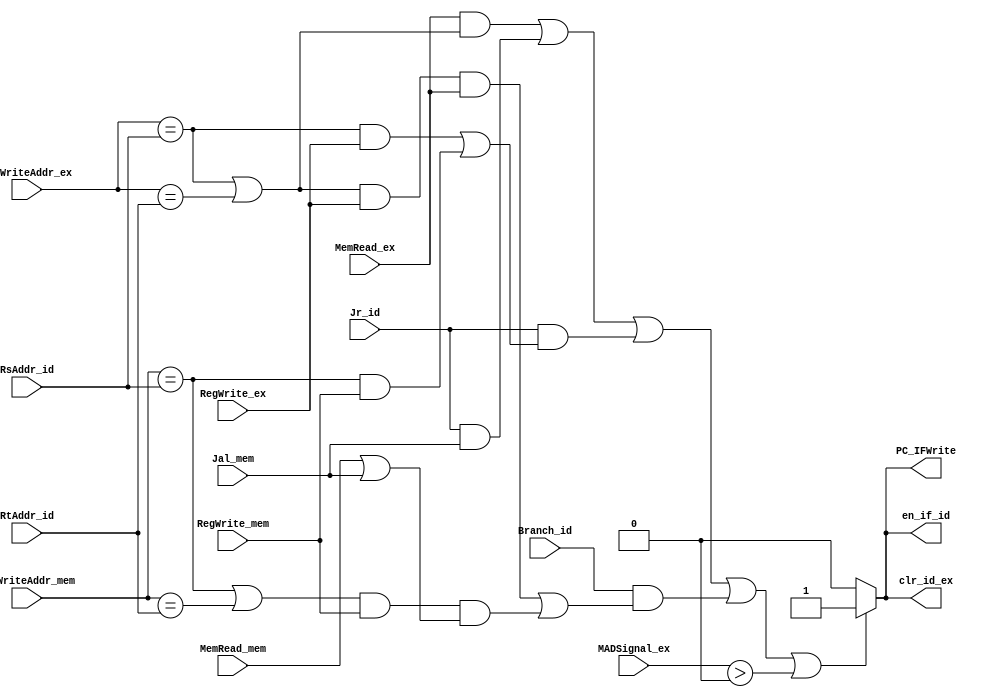
`timescale 1ns / 1ps
//////////////////////////////////////////////////////////////////////////////////
// Company: 
// Engineer: 
// 
// Design Name: 
// Module Name: Hazard
// Project Name: 
// Target Devices: 
// Tool Versions: 
// Description: 
// 
// Dependencies: 
// 
// Revision:
// Revision 0.01 - File Created
// Additional Comments:
// 
//////////////////////////////////////////////////////////////////////////////////


module Hazard(
    RsAddr_id,RtAddr_id,MemRead_ex,RegWriteAddr_ex,PC_IFWrite,en_if_id,clr_id_ex,Jal_mem,Jr_id,RegWrite_ex,Branch_id,MemRead_mem,RegWrite_mem,RegWriteAddr_mem,MADSignal_ex
    );
    input [4:0] RsAddr_id,RtAddr_id,RegWriteAddr_ex,RegWriteAddr_mem;
    input MemRead_ex,Jal_mem,Jr_id,RegWrite_ex,Branch_id,MemRead_mem,RegWrite_mem;
    input [3:0] MADSignal_ex;
    output PC_IFWrite,en_if_id,clr_id_ex;
    reg PC_IFWrite,en_if_id,clr_id_ex;
    initial
    begin
        en_if_id = 0;
        clr_id_ex = 0;
        PC_IFWrite = 0;
    end
    
    always@(*)
    begin
        if(MemRead_ex&&((RegWriteAddr_ex==RsAddr_id)||(RegWriteAddr_ex==RtAddr_id))
        ||(Jr_id&&Jal_mem)
        ||(Jr_id&&(RegWriteAddr_ex==RsAddr_id&&RegWrite_ex||RegWriteAddr_mem==RsAddr_id&&RegWrite_mem))
        ||(Branch_id&&((RegWriteAddr_ex==RsAddr_id||RegWriteAddr_ex==RtAddr_id)&&RegWrite_ex&&MemRead_ex || (RegWriteAddr_mem==RsAddr_id||RegWriteAddr_mem==RtAddr_id)&&RegWrite_mem&&(MemRead_mem||Jal_mem) ))
        ||MADSignal_ex>0)
        begin
            en_if_id = 1;
            clr_id_ex = 1;
            PC_IFWrite = 1;
        end
        else
        begin
            en_if_id = 0;
            clr_id_ex = 0;
            PC_IFWrite = 0;
        end
    end
endmodule